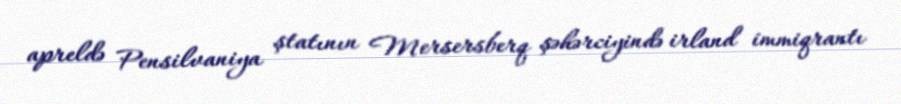
apreldə Pensilvaniya ştatının Mersersberq şəhərciyində irland immiqrantı